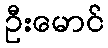
ဦးမောင်